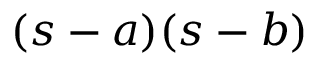
( s - a ) ( s - b )